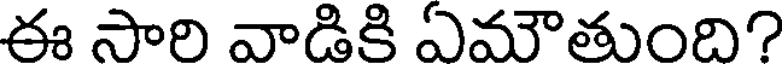
ఈ సారి వాడికి ఏమౌతుంది?